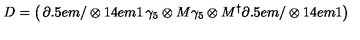
D = \left( \begin{matrix} { \partial \kern - 0 . 5 e m / \otimes { 1 \kern - . 4 e m 1 } } & { \gamma _ { 5 } \otimes M } \\ { \gamma _ { 5 } \otimes M ^ { \dag } } & { \partial \kern - 0 . 5 e m / \otimes { 1 \kern - . 4 e m 1 } } \\ \end{matrix} \right)